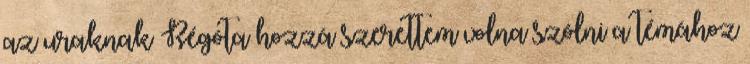
az uraknak Régóta hozzá szerettem volna szólni a témához